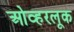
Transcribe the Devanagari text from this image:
ओव्हरलूक